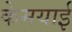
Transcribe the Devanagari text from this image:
केमयाई